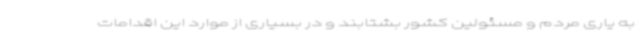
به یاری مردم و مسئولین کشور بشتابند و در بسیاری از موارد این اقدامات